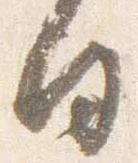
白